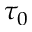
\tau _ { 0 }